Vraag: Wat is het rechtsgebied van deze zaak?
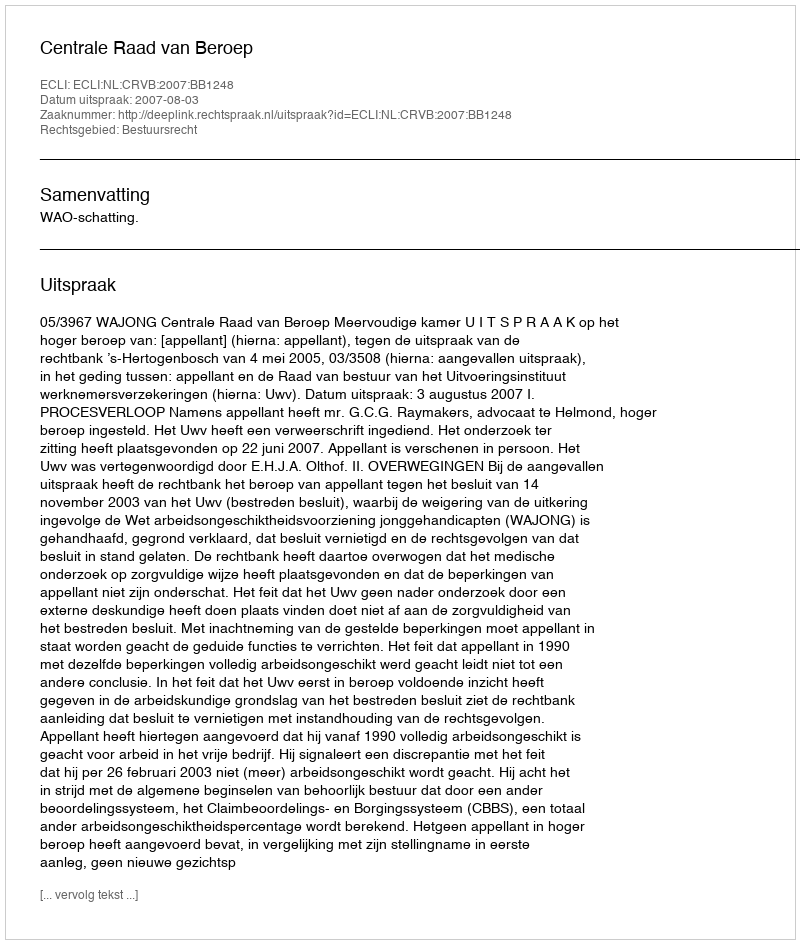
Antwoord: Bestuursrecht